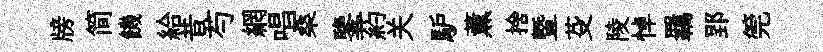
牓简饑給昔芍網唱桑鑒葯关馿薰捨曁芟陵悼羈郢筦